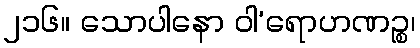
၂၁၆။ သောပါနော ဝါ’ရောဟဏဉ္စ၊